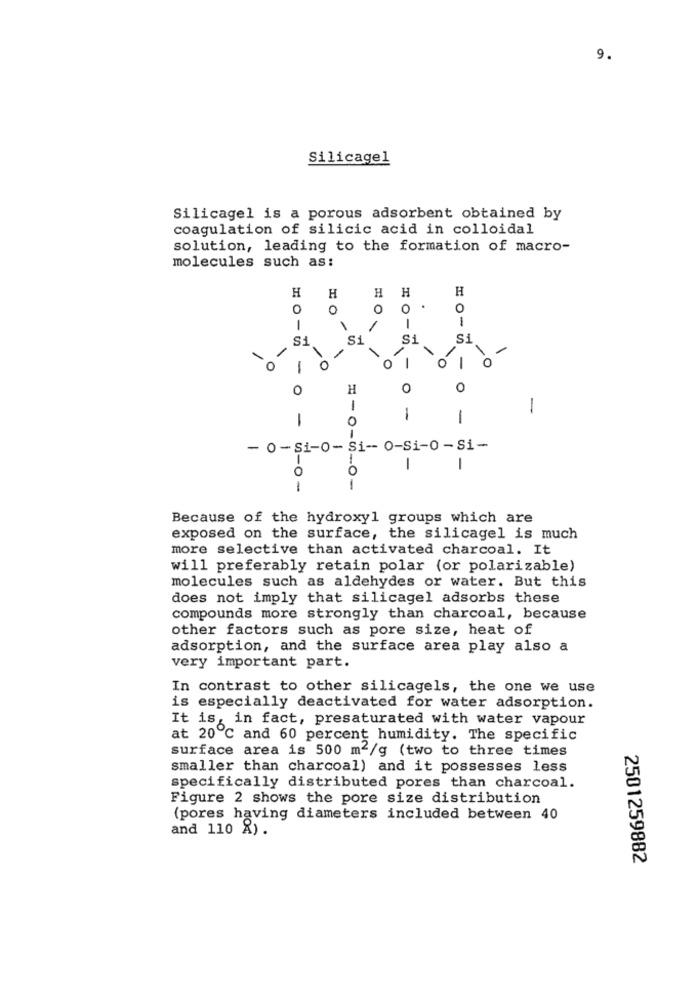
9.
Silicagel
Silicagel is a porous adsorbent obtained by
coagulation of silicic acid in colloidal
solution, leading to the formation of macro-
molecules such as:
H
H
H
H
H
0
0
0
1
-
-
-
-
Si
Si
-
-
-
O
H
0
-
-
1
-
- 0- Si-0- Si -- 0-Si-0 -Si-
0
1
-
-0-
1
Because of the hydroxyl groups which are
exposed on the surface, the silicagel is much
more selective than activated charcoal. It
will preferably retain polar (or polarizable)
molecules such as aldehydes or water. But this
does not imply that silicagel adsorbs these
compounds more strongly than charcoal, because
other factors such as pore size, heat of
adsorption, and the surface area play also a
very important part.
In contrast to other silicagels, the one we use
is especially deactivated for water adsorption.
It is, in fact, presaturated with water vapour
at 20℃ and 60 percent humidity. The specific
surface area is 500 m2/g (two to three times
smaller than charcoal) and it possesses less
specifically distributed pores than charcoal.
Figure 2 shows the pore size distribution
(pores having diameters included between 40
and 110 X) .
2501259882